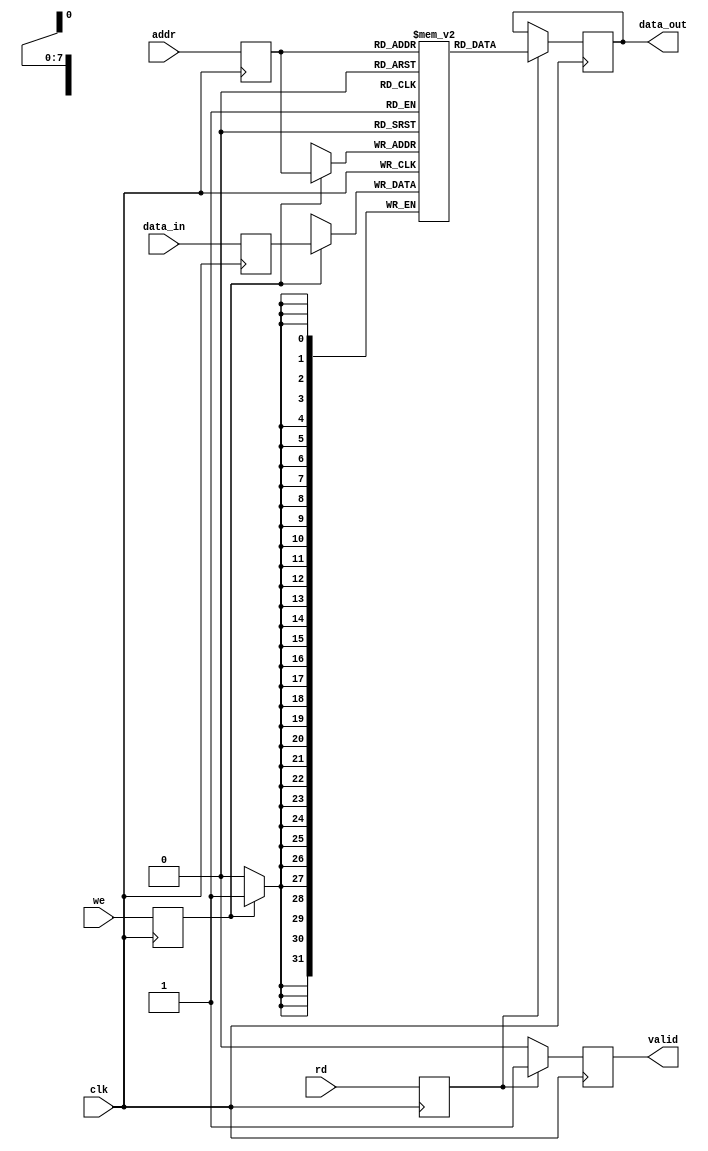
module PipelineRAM #(
    parameter ADDR_WIDTH = 8,   // Address width, controls depth
    parameter DATA_WIDTH = 32    // Data width
)(
    input wire clk,              // Clock signal
    input wire [ADDR_WIDTH-1:0] addr,      // Address input
    input wire [DATA_WIDTH-1:0] data_in,   // Data input
    input wire we,               // Write enable
    input wire rd,               // Read enable
    output reg [DATA_WIDTH-1:0] data_out,  // Data output
    output reg valid             // Valid signal for data_out
);

    // Memory array declaration
    reg [DATA_WIDTH-1:0] memory [(2**ADDR_WIDTH)-1:0];

    // Pipeline registers
    reg [ADDR_WIDTH-1:0] addr_reg;
    reg [DATA_WIDTH-1:0] data_in_reg;
    reg we_reg, rd_reg;

    // Pipeline stage for input latching
    always @(posedge clk) begin
        addr_reg <= addr;
        data_in_reg <= data_in;
        we_reg <= we;
        rd_reg <= rd;
    end

    // Pipeline stage for write operation
    always @(posedge clk) begin
        if (we_reg) begin
            memory[addr_reg] <= data_in_reg;  // Write data to memory
        end
    end

    // Pipeline stage for read operation
    always @(posedge clk) begin
        if (rd_reg) begin
            data_out <= memory[addr_reg];      // Read data from memory
            valid <= 1'b1;                     // Assert valid signal
        end else begin
            valid <= 1'b0;                     // Deassert valid signal
        end
    end

endmodule